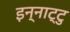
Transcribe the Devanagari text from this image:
इन्नाट्टु